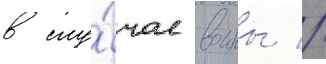
в слу́чае воины //